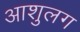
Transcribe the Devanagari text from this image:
आशुलग